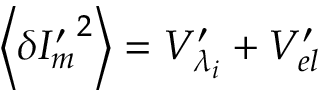
\left\langle \delta { { I } _ { m } ^ { \prime } } ^ { 2 } \right\rangle = { { V } _ { { \lambda _ { i } } } ^ { \prime } } + { { V } _ { e l } ^ { \prime } }